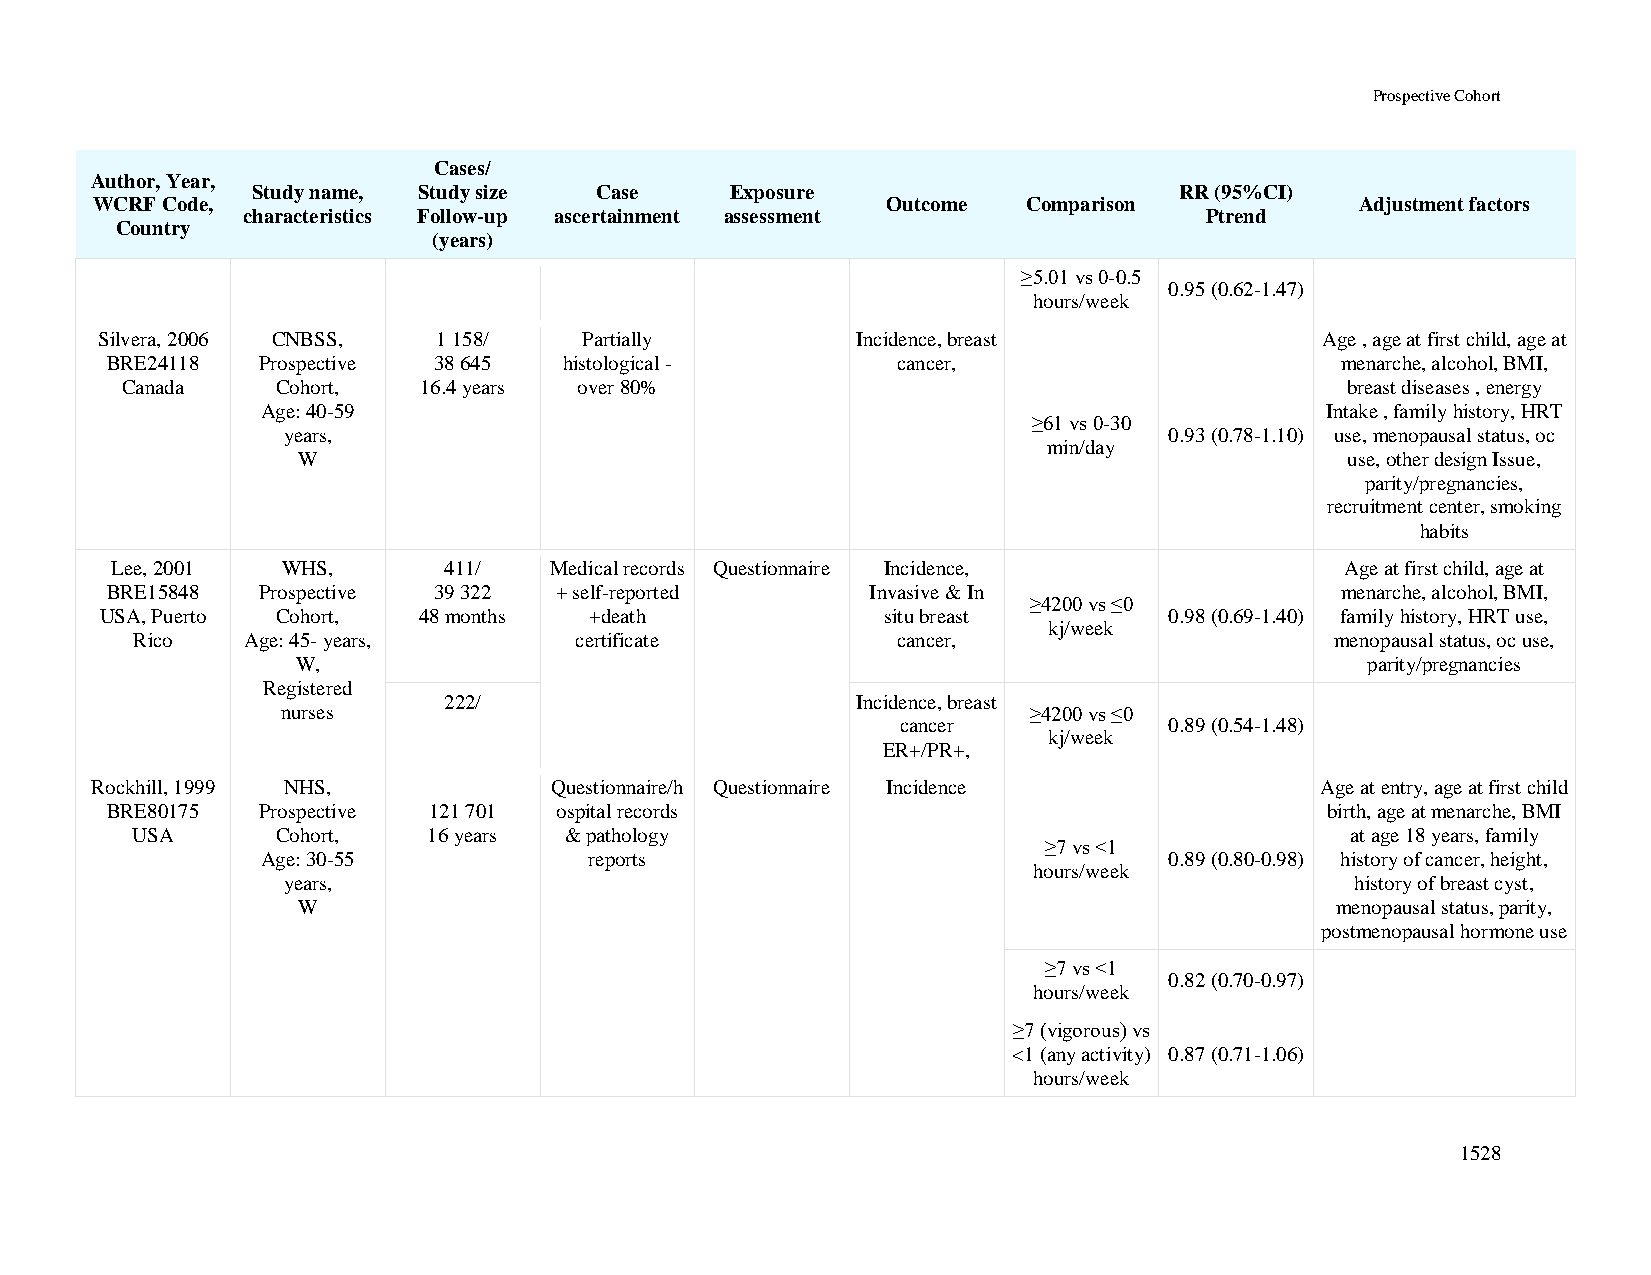
Prospective Cohort
 Cases/
 Author, Year,
 Study name, Study size Case    Exposure                      RR (95%CI)
 WCRF Code,                                           Outcome  Comparison            Adjustment factors
 characteristics Follow-up ascertainment assessment              Ptrend
 Country
 (years)
 ≥5.01 vs 0-0.5
 0.95 (0.62-1.47)
 hours/week
 Silvera, 2006 CNBSS,   1 158/    Partially         Incidence, breast             Age , age at first child, age at
 BRE24118  Prospective 38 645  histological -        cancer,                       menarche, alcohol, BMI,
 Canada    Cohort,   16.4 years over 80%                                          breast diseases , energy
 Age: 40-59                                                             Intake , family history, HRT
 ≥61 vs 0-30
 years,                                                    0.93 (0.78-1.10) use, menopausal status, oc
 min/day
 W                                                                    use, other design Issue,
 parity/pregnancies,
 recruitment center, smoking
 habits
 Lee, 2001   WHS,      411/   Medical records Questionnaire Incidence,             Age at first child, age at
 BRE15848  Prospective 39 322  + self-reported      Invasive & In                  menarche, alcohol, BMI,
 ≥4200 vs ≤0
 USA, Puerto Cohort,  48 months  +death             situ breast        0.98 (0.69-1.40) family history, HRT use,
 kj/week
 Rico   Age: 45- years,       certificate          cancer,                      menopausal status, oc use,
 W,                                                                    parity/pregnancies
 Registered
 222/                        Incidence, breast
 nurses                                           ≥4200 vs ≤0
 cancer           0.89 (0.54-1.48)
 kj/week
 ER+/PR+,
 Rockhill, 1999 NHS,           Questionnaire/h Questionnaire Incidence            Age at entry, age at first child
 BRE80175  Prospective 121 701 ospital records                                    birth, age at menarche, BMI
 USA      Cohort,   16 years & pathology                                         at age 18 years, family
 ≥7 vs <1
 Age: 30-55            reports                               0.89 (0.80-0.98) history of cancer, height,
 hours/week
 years,                                                                 history of breast cyst,
 W                                                                   menopausal status, parity,
 postmenopausal hormone use
 ≥7 vs <1
 0.82 (0.70-0.97)
 hours/week
 ≥7 (vigorous) vs
 <1 (any activity) 0.87 (0.71-1.06)
 hours/week
 1528